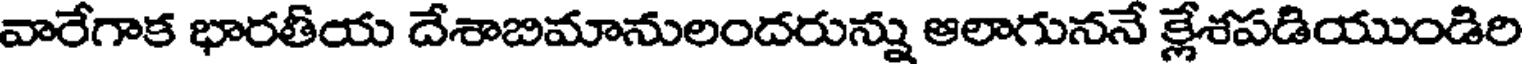
వారేగాక భారతీయ దేశాబిమానులందరున్ను ఆలాగుననే క్లేశపడియుండిరి